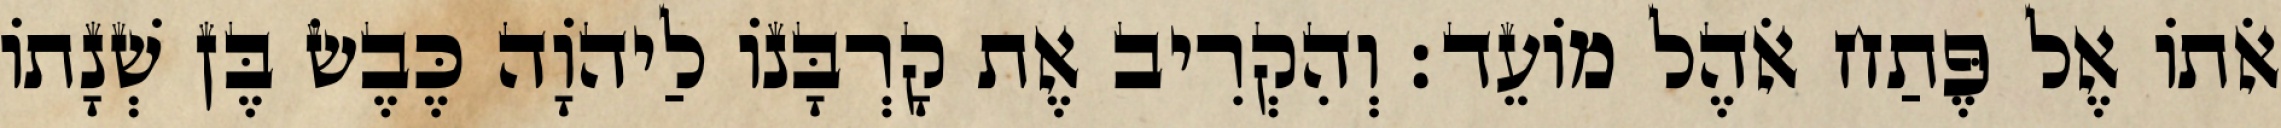
אֹתוֹ אֶל פֶּתַח אֹהֶל מוֹעֵד׃ וְהִקְרִיב אֶת קָרְבָּנוֹ לַיהֹוָה כֶּבֶשׂ בֶּן שְׁנָתוֹ